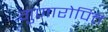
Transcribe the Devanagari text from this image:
गुणारोपित